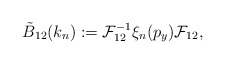
\begin{align*} \tilde B_{12} (k_n) := \mathcal{F}^{-1}_{12} \xi_n (p_y)\mathcal{F}_{12} ,\end{align*}